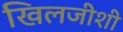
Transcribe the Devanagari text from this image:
खिलजीशी